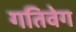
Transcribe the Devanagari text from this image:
गतिवेग